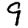
Digit: 9